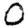
Digit: 0